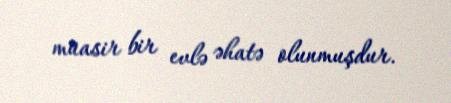
müasir bir evlə əhatə olunmuşdur.